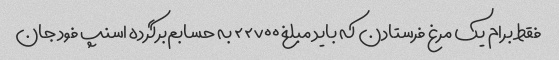
فقط برام یک مرغ فرستادن که باید مبلغ ۲۲۷۰۰ به حسابم‌برگرده اسنپ فود جان